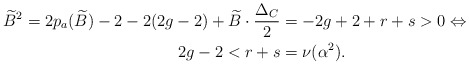
\begin{align*}\widetilde{B}^2=2p_a(\widetilde{B})-2-2(2g-2)+\widetilde{B}\cdot \frac{\Delta_C}{2}&=-2g+2+r+s>0 \Leftrightarrow \\ 2g-2<r+s&=\nu(\alpha^2).\end{align*}